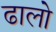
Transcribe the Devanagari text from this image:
ढालो